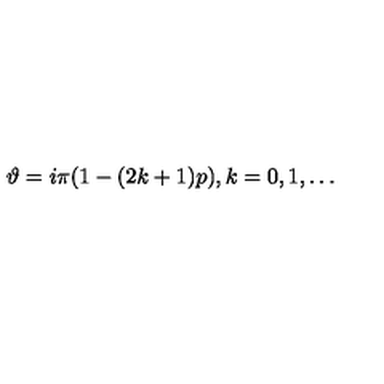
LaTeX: \vartheta = i \pi ( 1 - ( 2 k + 1 ) p ) , k = 0 , 1 , \ldots